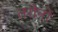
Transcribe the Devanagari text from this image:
तरीनों